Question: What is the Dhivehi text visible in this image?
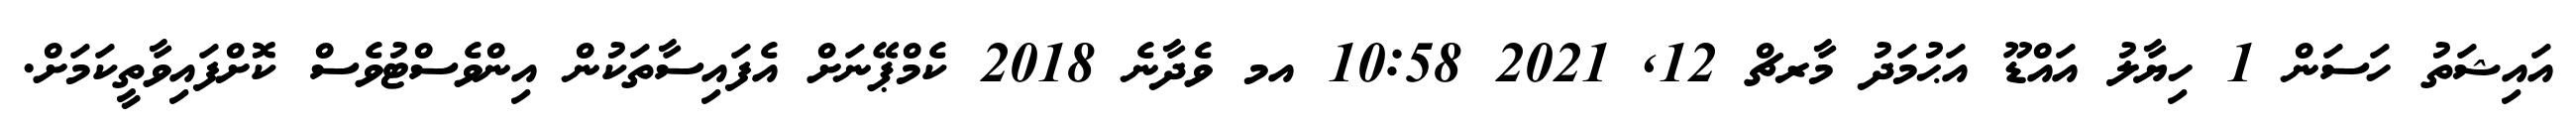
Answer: އައިޝަތު ހަސަން 1 ހިޔާލު އައްޑޫ އަޙުމަދު މާރޗް 12, 2021 10:58 އމ ވެދާނެ 2018 ކެމްޕޭނަށް އެފައިސާތަކުން އިންވެސްޓުވެސް ކޮށްފައިވާތީކަމަށް.